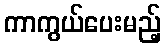
ကာကွယ်ပေးမည့်